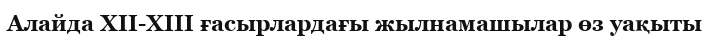
Алайда ХІІ-ХІІІ ғасырлардағы жылнамашылар өз уақыты